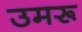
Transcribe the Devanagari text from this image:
उमरू